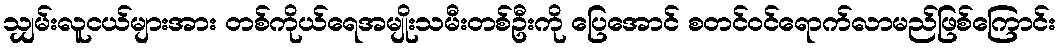
သျှမ်းလူငယ်များအား တစ်ကိုယ်ရေအမျိုးသမီးတစ်ဦးကို ပြေအောင် စတင်ဝင်ရောက်လာမည်ဖြစ်ကြောင်း